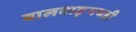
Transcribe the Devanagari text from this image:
बालवाङ्‌मयही